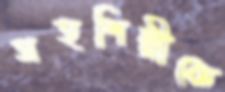
সহশিল্পীকে